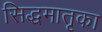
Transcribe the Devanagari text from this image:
सिद्धमातृका